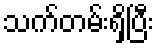
သက်တမ်းရှိပြီး